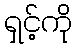
ရှင့်ကို